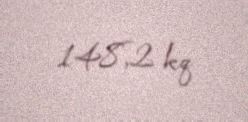
148,2 kq